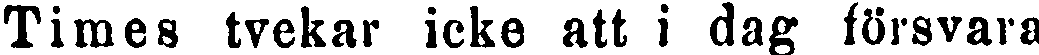
Times tvekar icke att i dag försvara